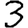
Digit: 3